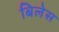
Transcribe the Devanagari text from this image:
बिलेस